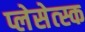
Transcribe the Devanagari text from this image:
प्लेसेत्स्क